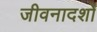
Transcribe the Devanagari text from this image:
जीवनादर्शों